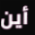
أين